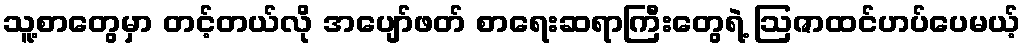
သူ့စာတွေမှာ တင့်တယ်လို အပျော်ဖတ် စာရေးဆရာကြီးတွေရဲ့ ဩဇာထင်ဟပ်ပေမယ့်